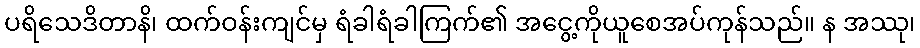
ပရိသေဒိတာနိ၊ ထက်ဝန်းကျင်မှ ရံခါရံခါကြက်၏ အငွေ့ကိုယူစေအပ်ကုန်သည်။ န အဿု၊